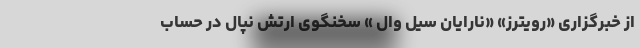
از خبرگزاری «رویترز» «نارایان سیل وال » سخنگوی ارتش نپال در حساب